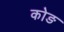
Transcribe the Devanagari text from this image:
कोङ